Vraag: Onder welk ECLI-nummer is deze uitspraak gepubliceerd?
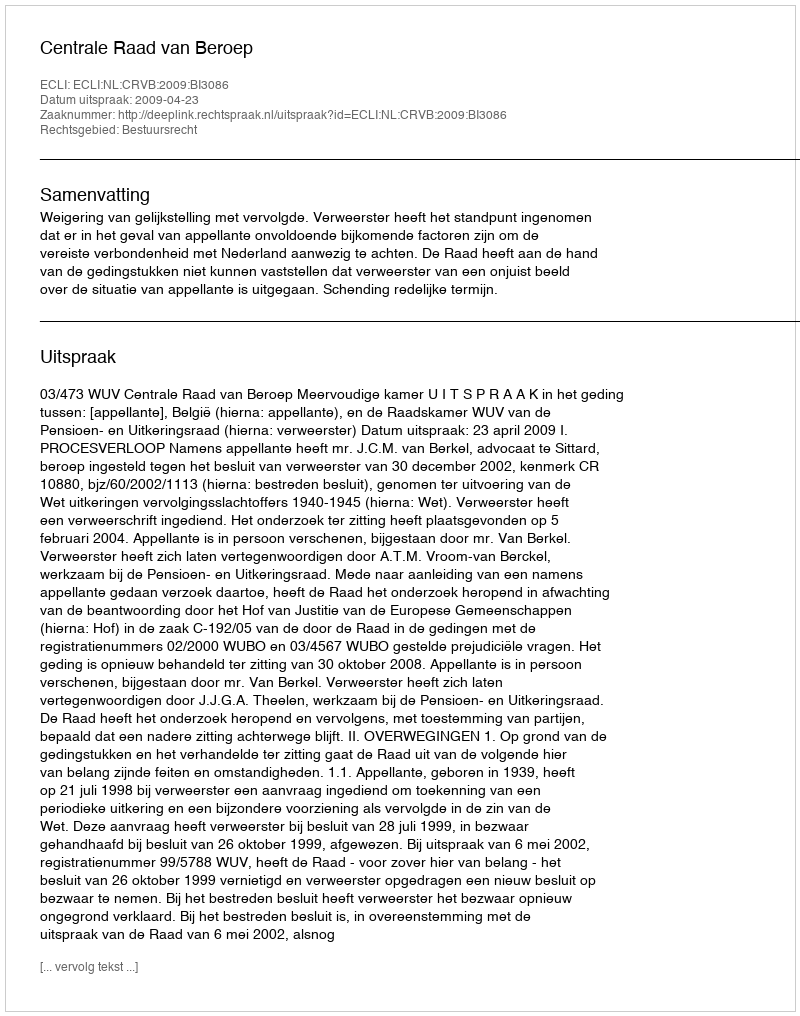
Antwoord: ECLI:NL:CRVB:2009:BI3086